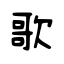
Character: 歌